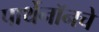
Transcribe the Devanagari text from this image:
पार्थेनॉनचे